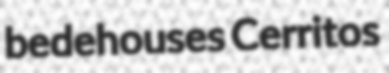
bedehouses Cerritos